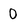
Character: 0